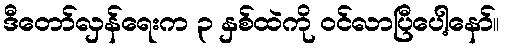
ဒီတော်လှန်ရေးက ၃ နှစ်ထဲကို ဝင်လာပြီပေါ့နော်။